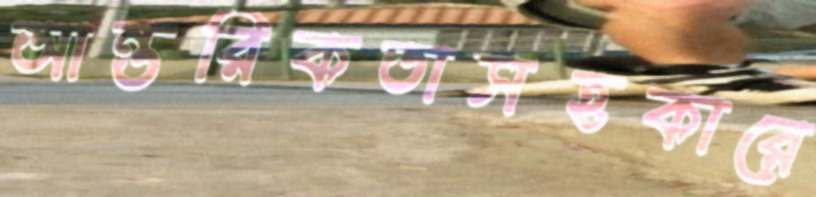
আন্তরিকতাসহকারে